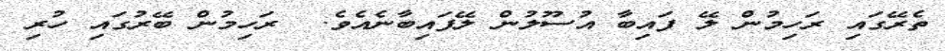
ތެރޭގައި ރަހިމުން ލޭ ފައިބާ އުސޫލުން ލޭފައިބާނެއެވެ.  ރަހިމުން ބޭރުގައި ހުރި